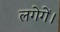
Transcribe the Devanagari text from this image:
लगेगें।